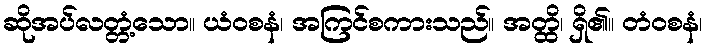
ဆိုအပ်လတ္တံ့သော။ ယံဝစနံ၊ အကြင်စကားသည်။ အတ္ထိ၊ ရှိ၏။ တံဝစနံ၊